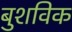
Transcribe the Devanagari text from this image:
बुशविक